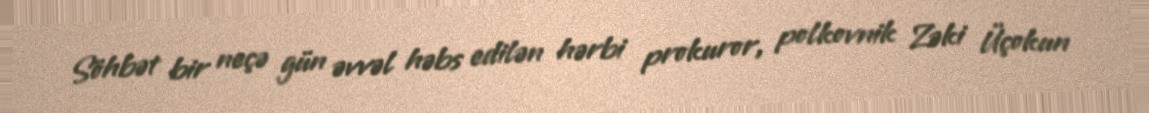
Söhbət bir neçə gün əvvəl həbs edilən hərbi prokuror, polkovnik Zəki Üçokun